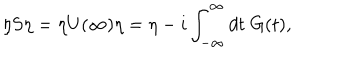
\eta S \eta = \eta U ( \infty ) \eta = \eta - i \int _ { - \infty } ^ { \infty } d t \; G ( t ) ,